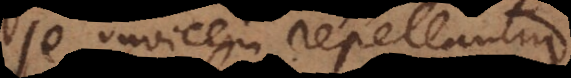
se invicem repellantur